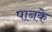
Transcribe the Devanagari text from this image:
पानके